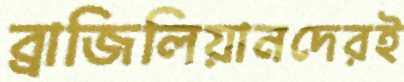
ব্রাজিলিয়ানদেরই